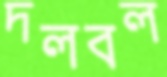
দলবল